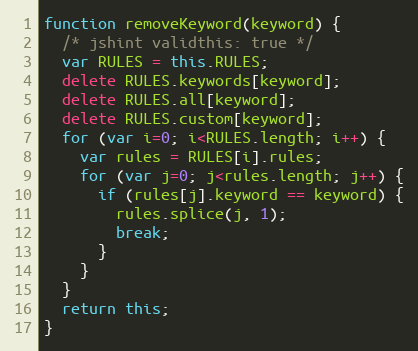
Language: JavaScript
function removeKeyword(keyword) {
  /* jshint validthis: true */
  var RULES = this.RULES;
  delete RULES.keywords[keyword];
  delete RULES.all[keyword];
  delete RULES.custom[keyword];
  for (var i=0; i<RULES.length; i++) {
    var rules = RULES[i].rules;
    for (var j=0; j<rules.length; j++) {
      if (rules[j].keyword == keyword) {
        rules.splice(j, 1);
        break;
      }
    }
  }
  return this;
}